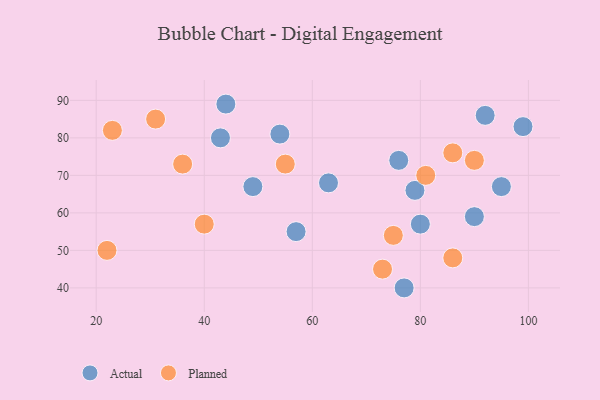
{"axis": {"x": "GDP", "y": "Life Expectancy"}, "legend": ["Actual", "Planned"], "data": [{"x": "99", "y": 83, "type": "Actual"}, {"x": "54", "y": 81, "type": "Actual"}, {"x": "95", "y": 67, "type": "Actual"}, {"x": "80", "y": 57, "type": "Actual"}, {"x": "43", "y": 80, "type": "Actual"}, {"x": "44", "y": 89, "type": "Actual"}, {"x": "79", "y": 66, "type": "Actual"}, {"x": "92", "y": 86, "type": "Actual"}, {"x": "63", "y": 68, "type": "Actual"}, {"x": "90", "y": 59, "type": "Actual"}, {"x": "49", "y": 67, "type": "Actual"}, {"x": "57", "y": 55, "type": "Actual"}, {"x": "76", "y": 74, "type": "Actual"}, {"x": "77", "y": 40, "type": "Actual"}, {"x": "31", "y": 85, "type": "Planned"}, {"x": "40", "y": 57, "type": "Planned"}, {"x": "90", "y": 74, "type": "Planned"}, {"x": "86", "y": 76, "type": "Planned"}, {"x": "81", "y": 70, "type": "Planned"}, {"x": "23", "y": 82, "type": "Planned"}, {"x": "75", "y": 54, "type": "Planned"}, {"x": "55", "y": 73, "type": "Planned"}, {"x": "86", "y": 48, "type": "Planned"}, {"x": "73", "y": 45, "type": "Planned"}, {"x": "36", "y": 73, "type": "Planned"}, {"x": "22", "y": 50, "type": "Planned"}]}